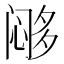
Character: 𱞹